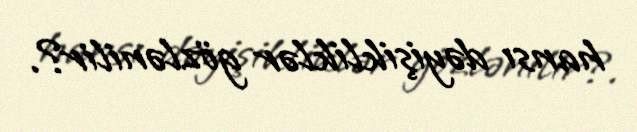
hansı dəyişikliklər gözlənilir?.